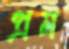
প্রম